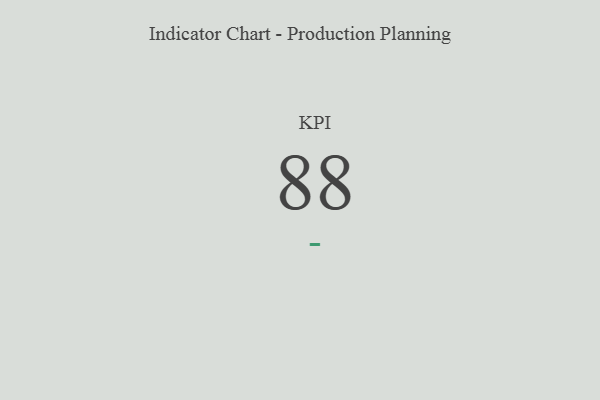
{"axis": {"x": "KPI", "y": "Value"}, "legend": [""], "data": [{"x": "KPI", "y": 88, "type": ""}]}